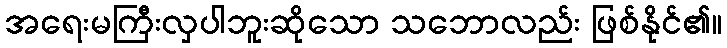
အရေးမကြီးလှပါဘူးဆိုသော သဘောလည်း ဖြစ်နိုင်၏။